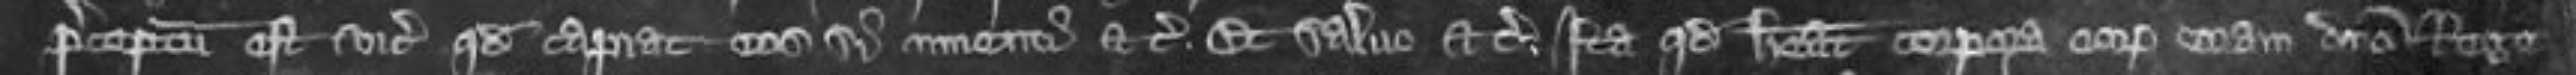
preceptum est vicecomiti quod capiat eos si inventi etc et salvo etc ita quod habeat corporum eorum coram domino rege